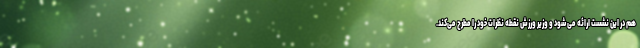
هم در این نشست ارائه می شود و وزیر ورزش نقطه نظرات خود را مطرح می‌کند.